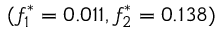
( f _ { 1 } ^ { * } = 0 . 0 1 1 , f _ { 2 } ^ { * } = 0 . 1 3 8 )